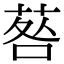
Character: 䓘